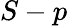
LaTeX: S-p